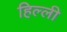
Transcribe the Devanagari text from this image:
हिल्ली